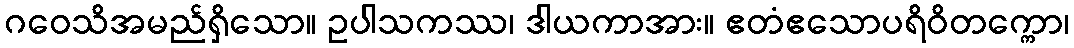
ဂဝေသိအမည်ရှိသော။ ဥပါသကဿ၊ ဒါယကာအား။ ဧတံဧသောပရိဝိတက္ကော၊